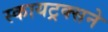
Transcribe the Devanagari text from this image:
स्कायट्रक्सने